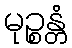
မုဉ္စန္တံ